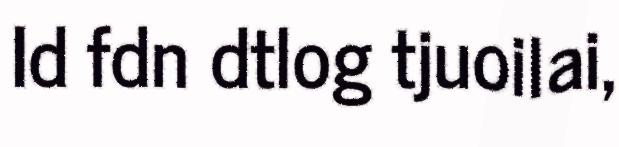
Id fdn dtlog tjuoilai,